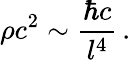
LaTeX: \rho c^{2}\sim\frac{\hbar c}{l^{4}}\, .